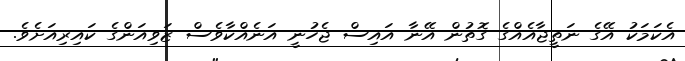
އެކަމަކު އޭގެ ނަތީޖާއެއްގެ ގޮތުން އޭނާ އައިސް ޖެހުނީ އަނެއްކާވެސް ޒަވިއަންގެ ކައިރިއަށެވެ.